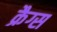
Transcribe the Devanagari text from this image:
क्रैग्स